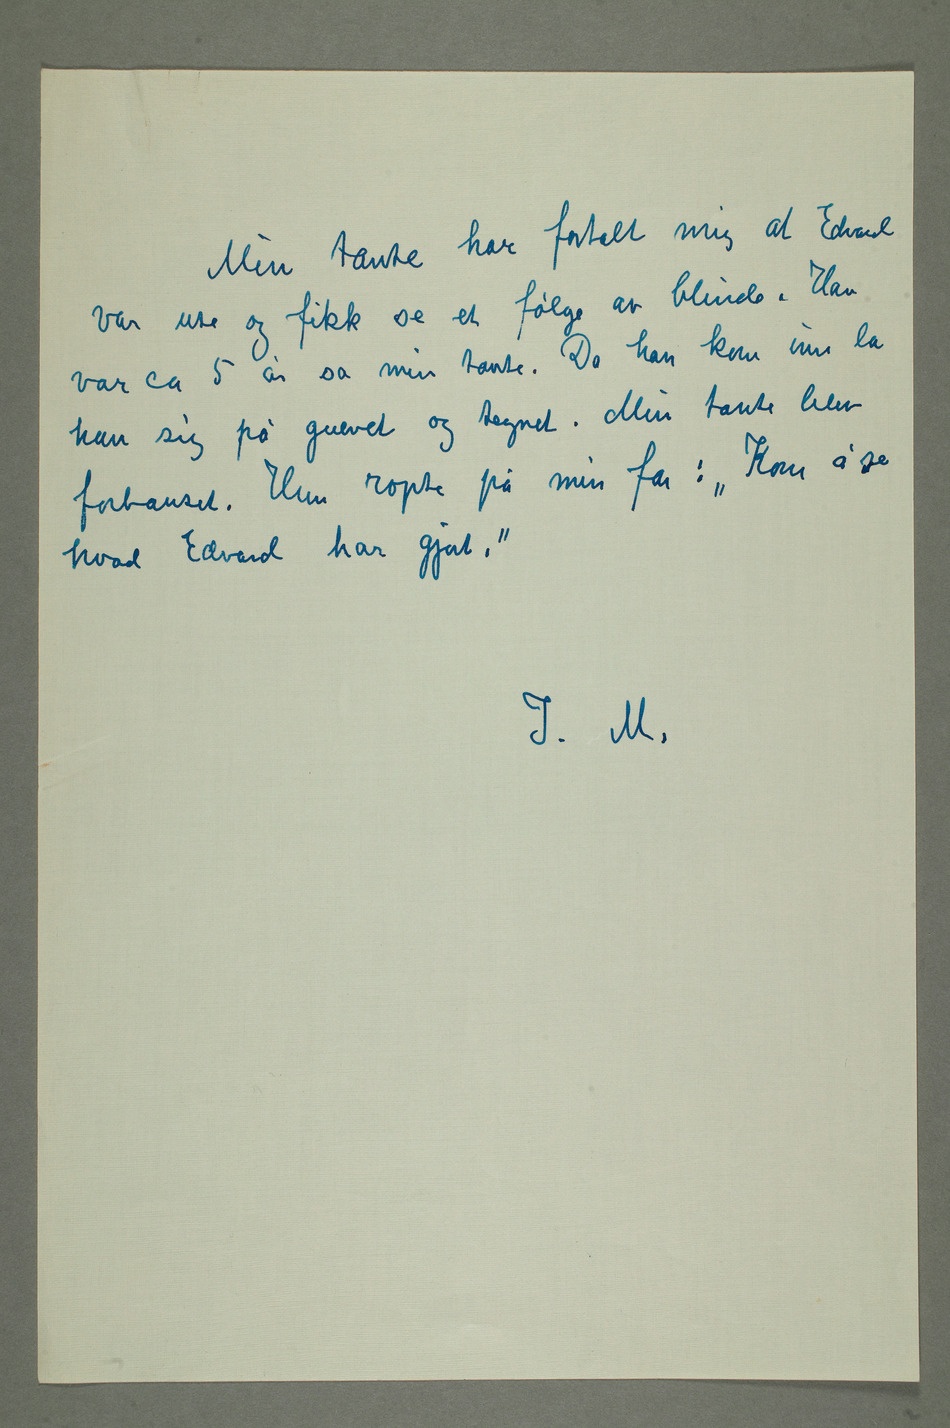
Min tante har fortalt mig at Edvard
var ute og fikk se et følge av blinde. Han
var ca 5 år sa min tante. Da han
kom inn la
han sig på gulvet og tegnet. Min
forbauset. Hun ropte på min far: